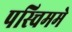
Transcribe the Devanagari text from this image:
पस्चिममे